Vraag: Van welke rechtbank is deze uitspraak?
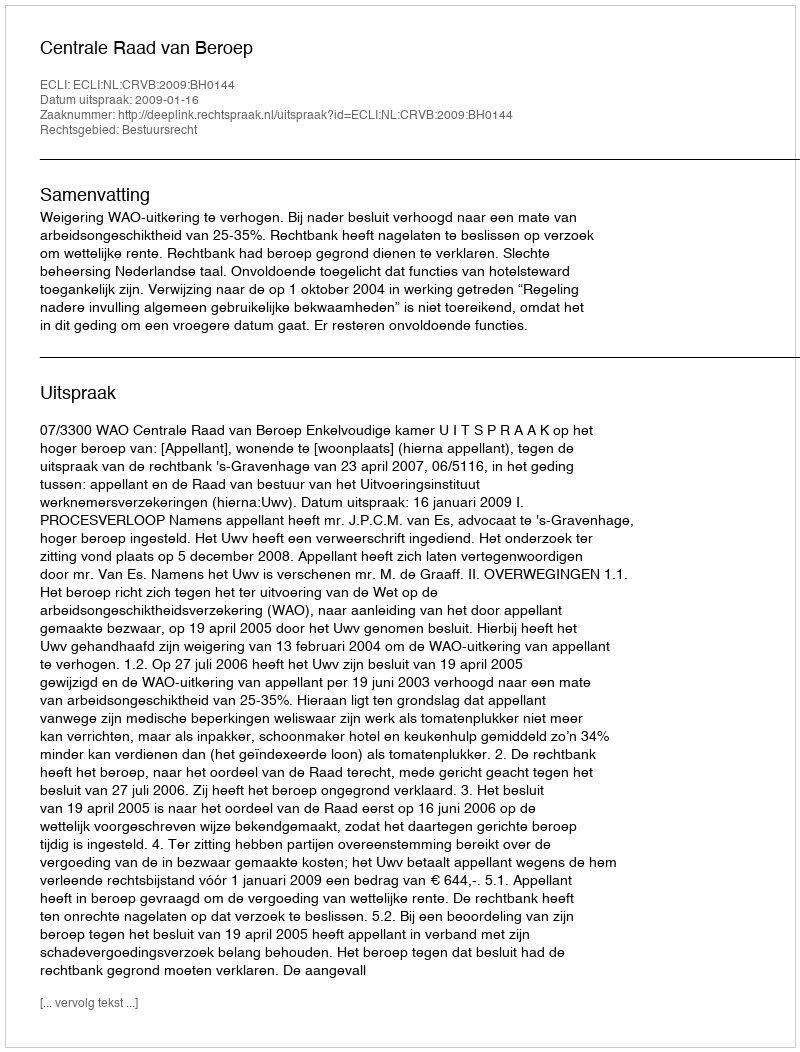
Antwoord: Centrale Raad van Beroep